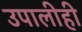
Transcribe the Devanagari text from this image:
उपालीही